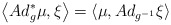
\begin{align*}\left\langle Ad_{g}^{\ast }\mu ,\xi \right\rangle =\left\langle \mu,Ad_{g^{-1}}\xi \right\rangle \end{align*}